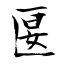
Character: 匽